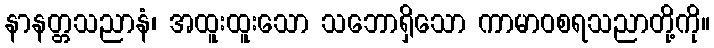
နာနတ္တသညာနံ၊ အထူးထူးသော သဘောရှိသော ကာမာဝစရသညာတို့ကို။